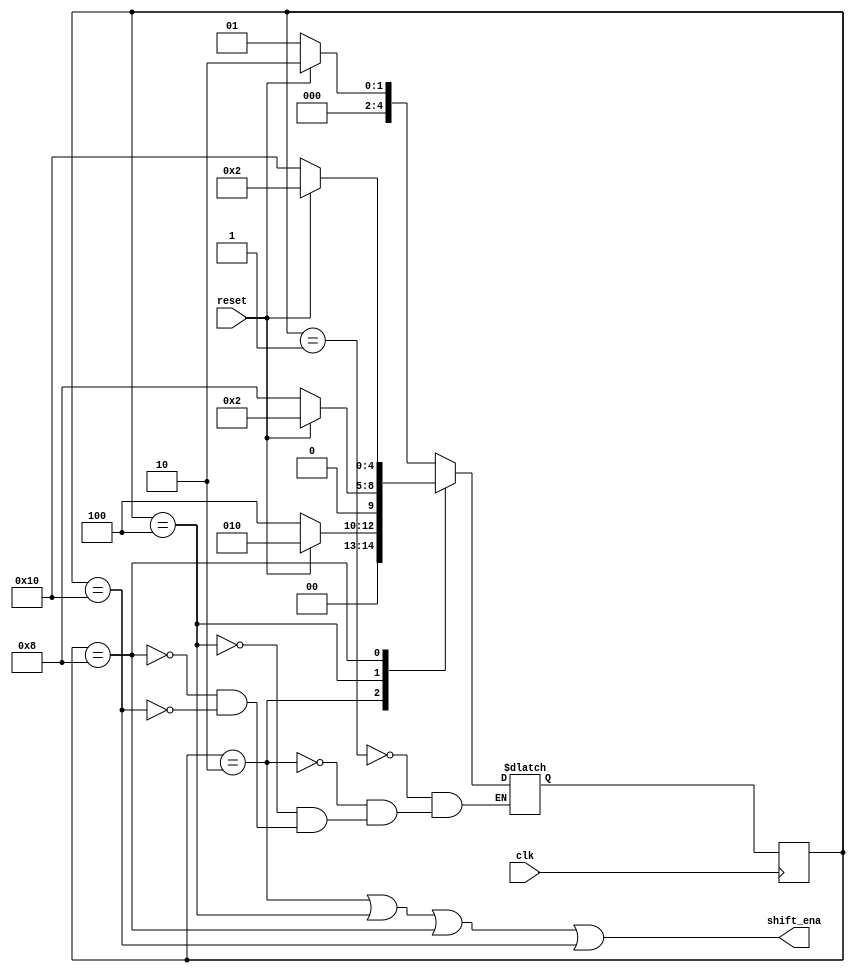
module top_module (
    input clk,
    input reset,      // Synchronous reset
    output shift_ena);
    parameter sta0=5'b00_001;
    parameter sta1=5'b00_010;
    parameter sta2=5'b00_100;
    parameter sta3=5'b01_000;
    parameter sta4=5'b10_000;
    reg[4:0]state;
    reg [4:0]next;
    always @(posedge clk ) begin
        state<=next;
    end
    always @(*) begin
        case(state)
        sta0:next=(reset)?sta1:sta0;
        sta1:next=(reset)?sta1:sta2;
        sta2:next=(reset)?sta1:sta3;
        sta3:next=(reset)?sta1:sta4;
        sta4:next=(reset)?sta1:sta0;
        endcase
    end
    assign shift_ena =(state==sta1|state==sta2|state==sta3|state==sta4);
endmodule